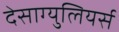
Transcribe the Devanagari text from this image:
देसाग्युलियर्स